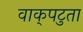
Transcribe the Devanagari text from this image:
वाक्‌पटुता